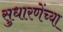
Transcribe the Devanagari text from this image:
सुधारणेंच्या